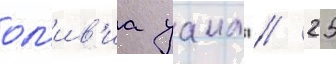
ол'ив'иа уаилд // 25